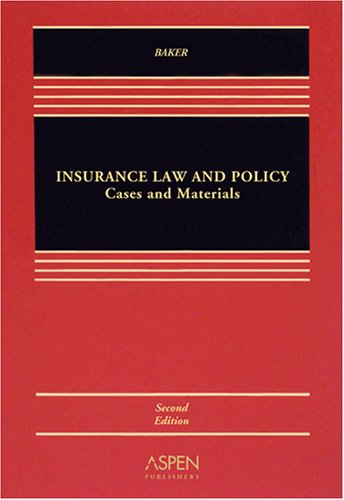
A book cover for Insurance Law: Cases, Materials and Problems; Tom Baker; Law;